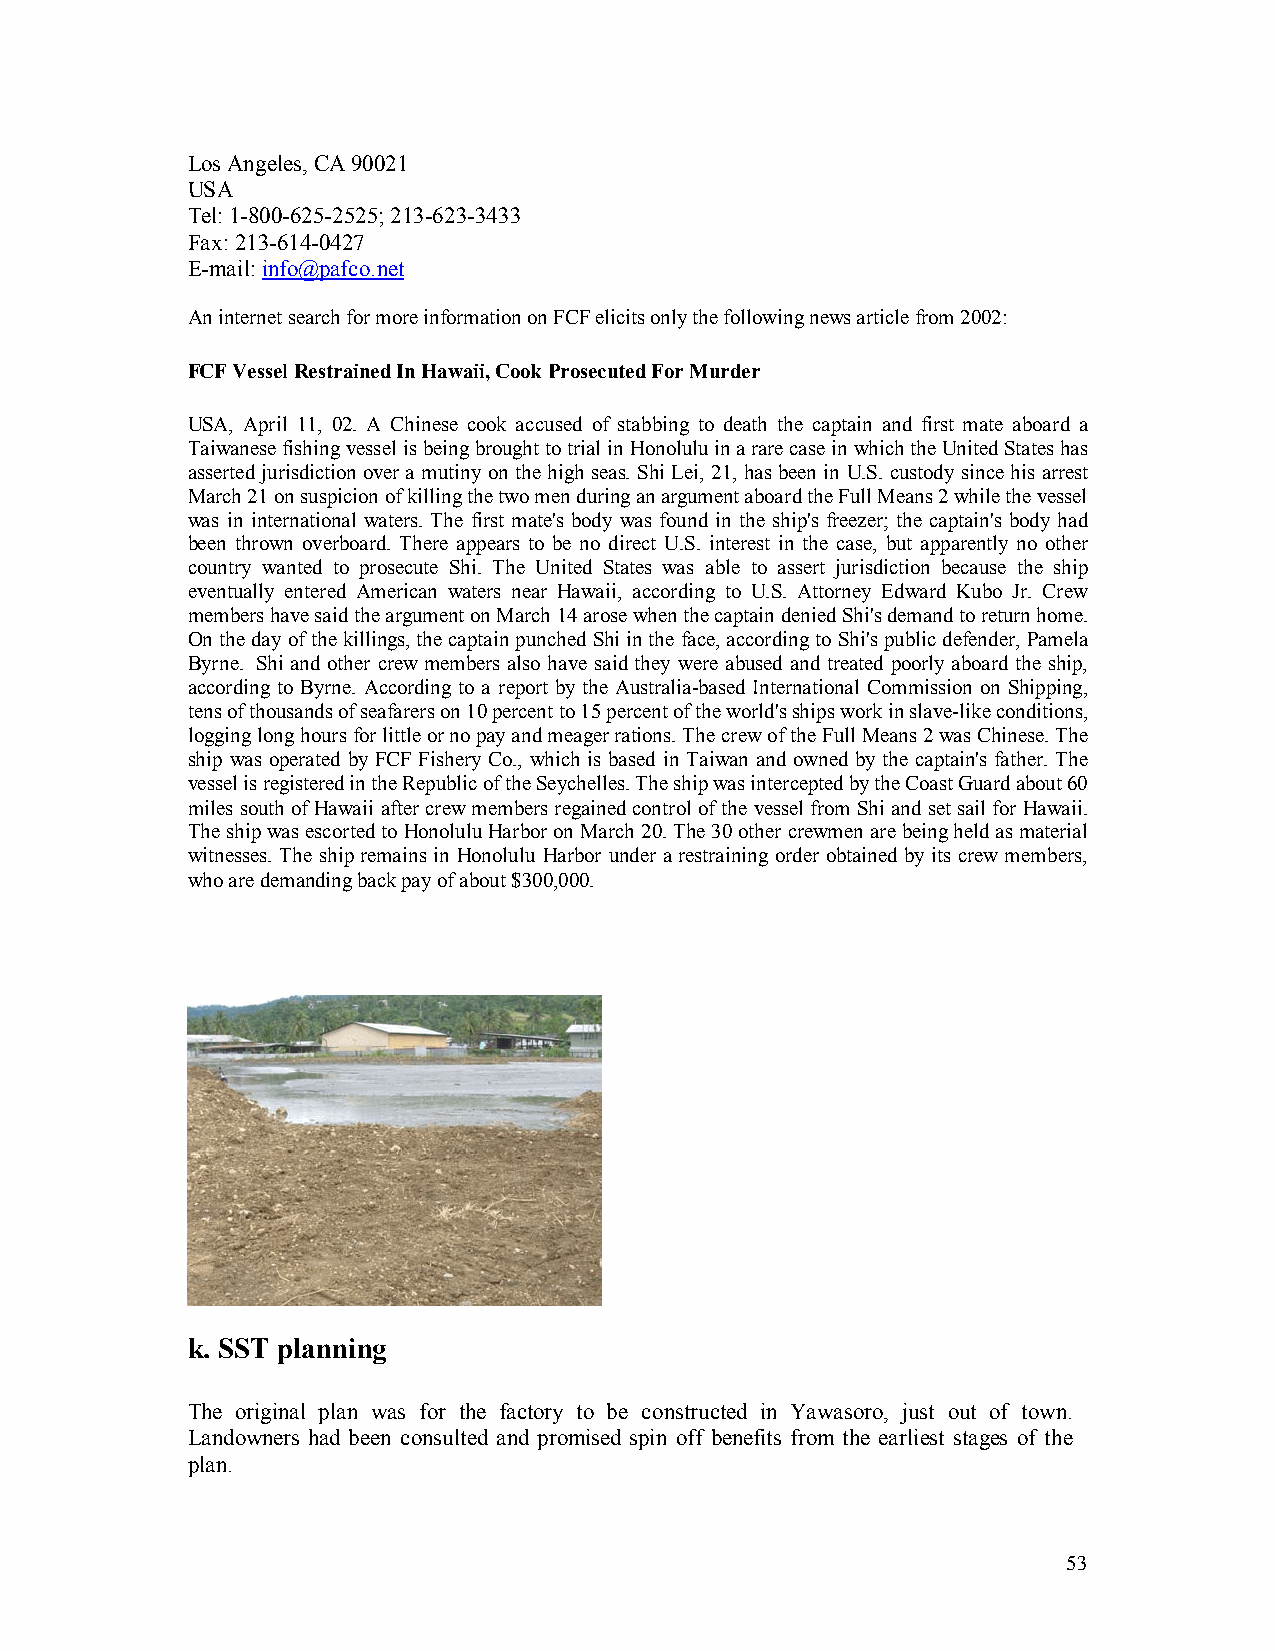
Los Angeles, CA 90021
 USA
 Tel: 1-800-625-2525; 213-623-3433
 Fax: 213-614-0427
 E-mail: info@pafco.net
 An internet search for more information on FCF elicits only the following news article from 2002:
 FCF Vessel Restrained In Hawaii, Cook Prosecuted For Murder
 USA, April 11, 02. A Chinese cook accused of stabbing to death the captain and first mate aboard a
 Taiwanese fishing vessel is being brought to trial in Honolulu in a rare case in which the United States has
 asserted jurisdiction over a mutiny on the high seas. Shi Lei, 21, has been in U.S. custody since his arrest
 March 21 on suspicion of killing the two men during an argument aboard the Full Means 2 while the vessel
 was in international waters. The first mate’s body was found in the ship’s freezer; the captain’s body had
 been thrown overboard. There appears to be no direct U.S. interest in the case, but apparently no other
 country wanted to prosecute Shi. The United States was able to assert jurisdiction because the ship
 eventually entered American waters near Hawaii, according to U.S. Attorney Edward Kubo Jr. Crew
 members have said the argument on March 14 arose when the captain denied Shi’s demand to return home.
 On the day of the killings, the captain punched Shi in the face, according to Shi’s public defender, Pamela
 Byrne. Shi and other crew members also have said they were abused and treated poorly aboard the ship,
 according to Byrne. According to a report by the Australia-based International Commission on Shipping,
 tens of thousands of seafarers on 10 percent to 15 percent of the world’s ships work in slave-like conditions,
 logging long hours for little or no pay and meager rations. The crew of the Full Means 2 was Chinese. The
 ship was operated by FCF Fishery Co., which is based in Taiwan and owned by the captain’s father. The
 vessel is registered in the Republic of the Seychelles. The ship was intercepted by the Coast Guard about 60
 miles south of Hawaii after crew members regained control of the vessel from Shi and set sail for Hawaii.
 The ship was escorted to Honolulu Harbor on March 20. The 30 other crewmen are being held as material
 witnesses. The ship remains in Honolulu Harbor under a restraining order obtained by its crew members,
 who are demanding back pay of about $300,000.
 k. SST planning
 The original plan was for the factory to be constructed in Yawasoro, just out of town.
 Landowners had been consulted and promised spin off benefits from the earliest stages of the
 plan.
 53